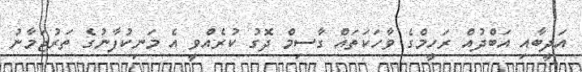
އަދީބާއި އަބްދުއް ރަހީމްގެ ވާހަކަތައް ގާސިމް ދޮގު ކުރެއްވީ އެ މަނިކުފާނުގެ ތަރުޖަމާނު